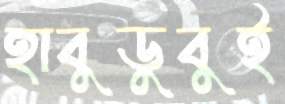
হাবুডুবুই